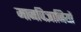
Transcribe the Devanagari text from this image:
मानविज्ञानियों